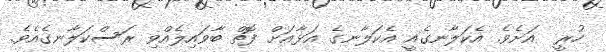
ހުރީ  އަށެވެ. އެކަލާނގެއީ އެކަލާނގެ އަޅާއަށް ފޮތް ބާވައިލެއްވި ރަސްކަލާނގެއެވެ.